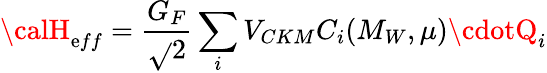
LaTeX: {\calH}_{\mathrm{e}ff}=\frac{{G_{F}}}{{\sqrt{}{{2}}}}\sum_{i}V_{CKM}C_{i}(M_{W},\mu)\cdotQ_{i}